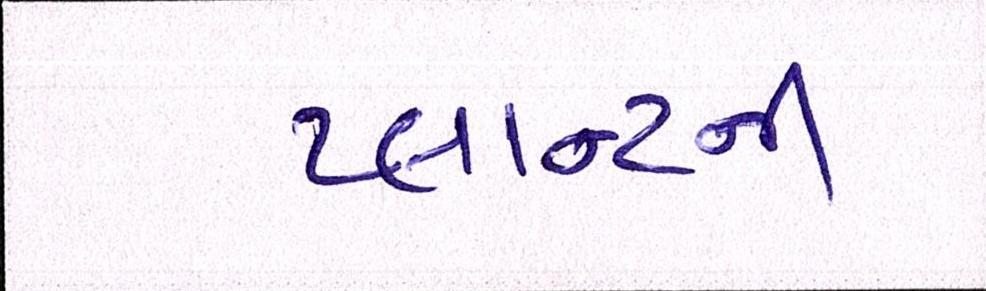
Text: પ્લાન્ટની